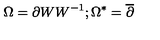
\Omega = \partial W W ^ { - 1 } ; \Omega ^ { * } = \overline { { \partial } }